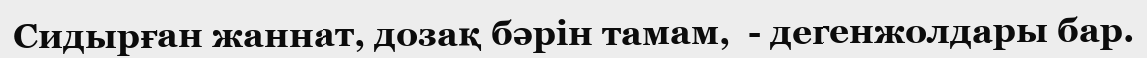
Сидырған жаннат, дозақ бәрін тамам,  - дегенжолдары бар.